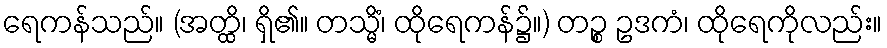
ရေကန်သည်။ (အတ္ထိ၊ ရှိ၏။ တသ္မိံ၊ ထိုရေကန်၌။) တဉ္စ ဥဒကံ၊ ထိုရေကိုလည်း။